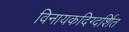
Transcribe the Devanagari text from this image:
विनायकदिग्दर्शित